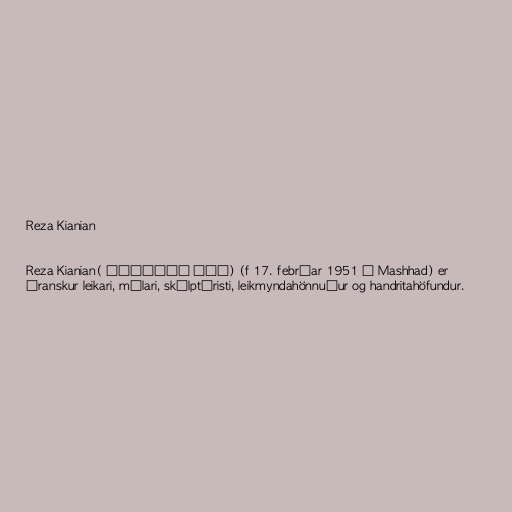
Reza Kianian

Reza Kianian( رضا کیانیان) (f 17. febrúar 1951 í Mashhad) er
íranskur leikari, málari, skúlptúristi, leikmyndahönnuður og handritahöfundur.